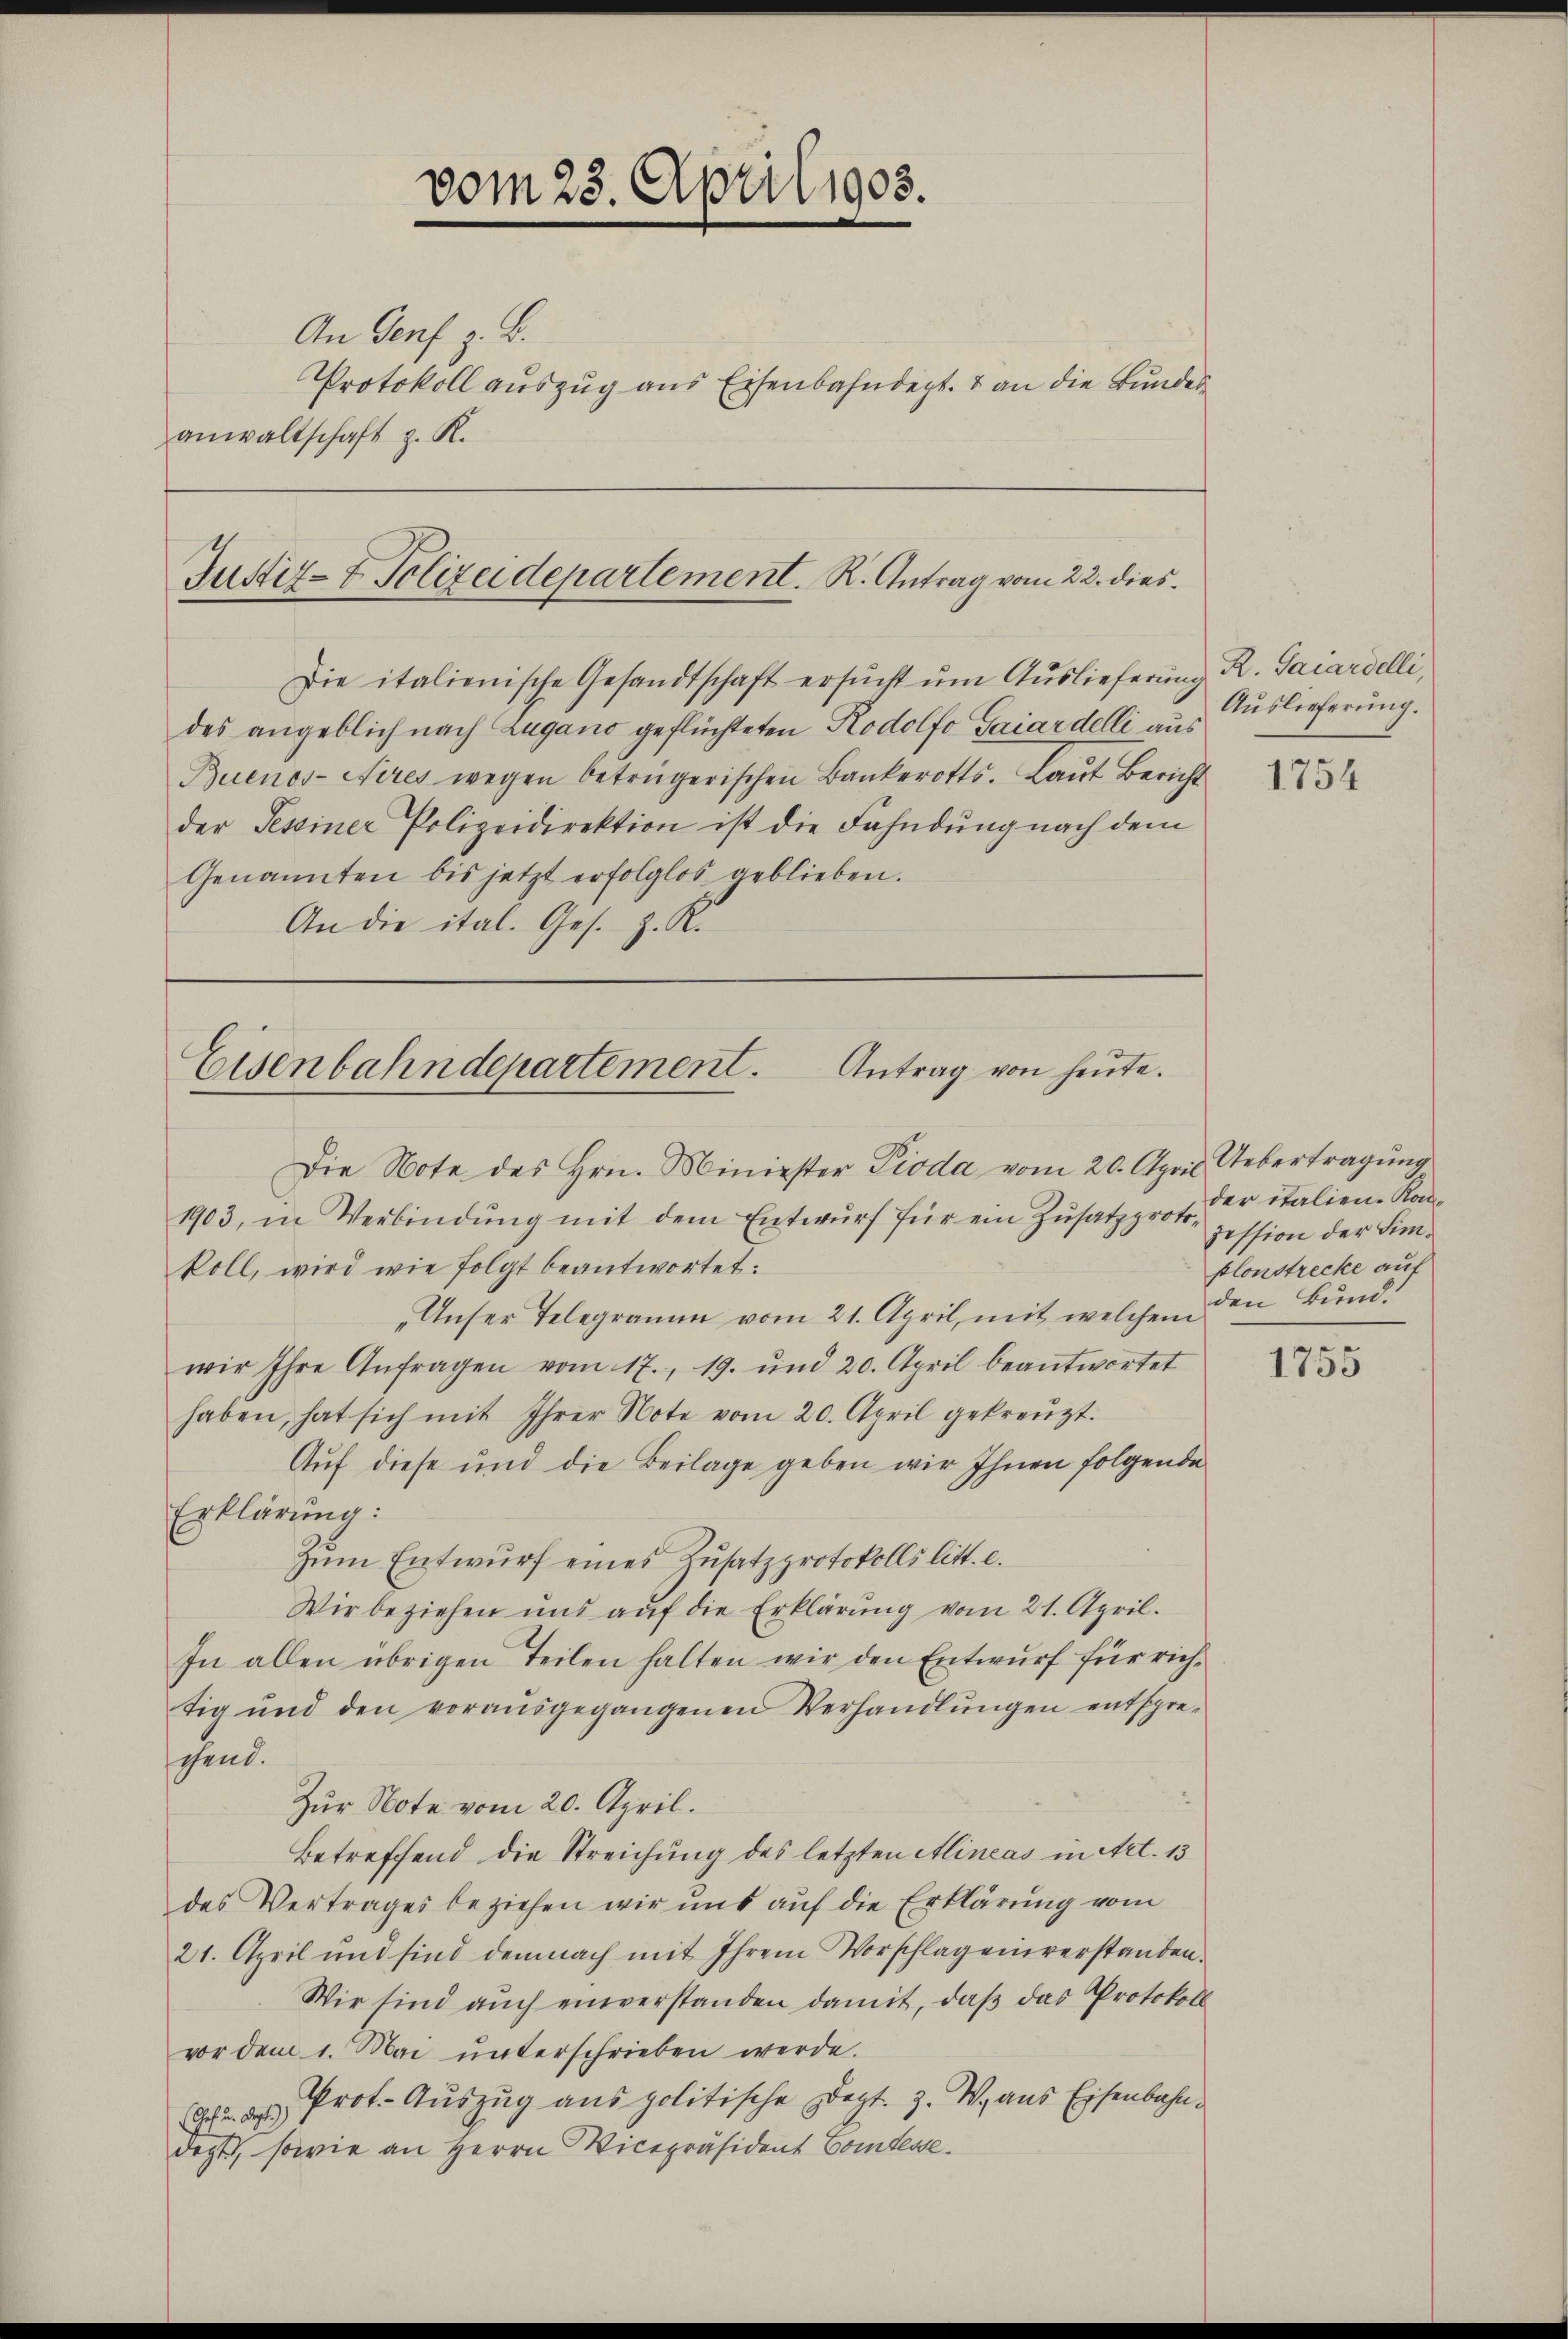
vom 23. April 1905.
An Genf z. B.
Protokoll auszug aus Eisenbahndept. 8 an die Bundesanwaltschaft z. R.

Justiz- & Polizeidepartement. K. Antrag vom 22. dies

Die italienische Gesandtschaft ersŭcht ŭm Aŭslieferŭng R. Gaiardelli,
des angeblich nach Lugano geflüchteten Rodolfo Gaiardelli aus
Buenos-Aires wegen betrügerischen Bankerotts. Laut Bericht
der Tessiner Polizeidirektion ist die Fahndung nach dem
Genannten bis jetzt erfolglos geblieben.
An die ital. Ges. z. K.

Antrag von heute.
Eisenbahndepartement.
Die Note des Hrn. Minister Pioda vom 20. April Uebertragung

1903, in Verbindŭng mit dem Entwŭrf für ein Zŭsatzproto-
koll, wird wie folgt beantwortet:
Unser Telegramm vom 21. April, mit welchem
wir Ihre Anfragen vom 17., 19. und 20. April beantwortet
haben, hat sich mit Ihrer Note vom 20. April gekreuzt.
Auf diese und die Beilage geben wir Ihnen folgende
Erklärung:
zum Entwurf eines Zusatzprotokolls litt. c.
Wir beziehen uns auf die Erklärung vom 21. April.
In allen übrigen Teilen halten wir den Entwŭrf für rich-
tig und den vorausgegangenen Verhandlŭngen entspre-
schend.
Zur Note vom 20. April.
Betreffend die Streichung des letzten Alineas in Art. 13
des Vertrages beziehen wir uns auf die Erklärung vom
21. April und sind demnach mit Ihrem Vorschlag einverstanden.
Wir sind auch einverstanden damit, daß das Protokoll
vor dem 1. Mai ŭnterschrieben werde.
 2 Prot. Auszug aus politische Degt. Z. W. aus Eisenbahndept, sowie an Herrn Vicepräsident Comtesse¬

Auslieferung.

1754

der italien-Konpession der Simplonstrecke auf
den Bund.

1755